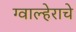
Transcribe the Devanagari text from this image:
ग्वाल्हेराचे